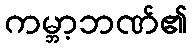
ကမ္ဘာ့ဘဏ်၏